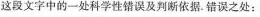
这段文字中的一处科学性错误及判断依据。错误之处：